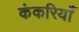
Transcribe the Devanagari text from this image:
कंकरियाँ